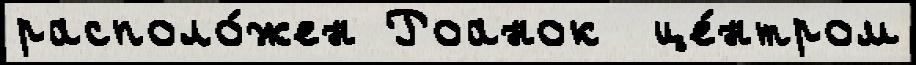
располо́жен Роанок  це́нтром